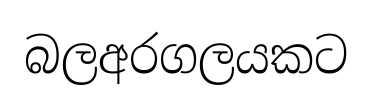
බලඅරගලයකට